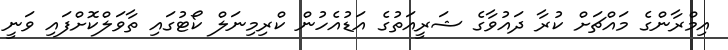
އިމްރާންގެ މައްޗަށް ކުރާ ދައުވާގެ ޝަރީއަތުގެ އަޑުއެހުން ކްރިމިނަލް ކޯޓުގައި ތާވަލްކޮށްފައި ވަނީ